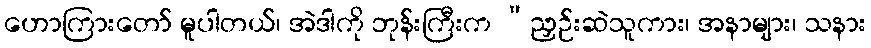
ဟောကြားတော် မူပါတယ်၊ အဲဒါကို ဘုန်းကြီးက “ညှဉ်းဆဲသူကား၊ အနာများ၊ သနား